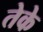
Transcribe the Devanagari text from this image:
तेके